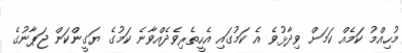
މުހިއްމު ކަމެއް ކަމަށް ވިދާޅުވެ އެ ކަމުގައި އެހީތެރިވެދެއްވާނެ ކަމުގެ ޔަގީންކަން ޖަޕާނުގެ